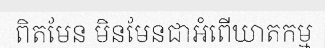
ពិតមែន មិនមែនជាអំពើឃាតកម្ម